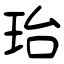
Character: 珆